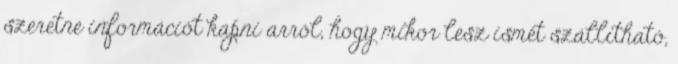
szeretne információt kapni arról, hogy mikor lesz ismét szállítható,